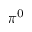
\pi ^ { 0 }